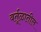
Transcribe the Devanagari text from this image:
वर्तूळातील